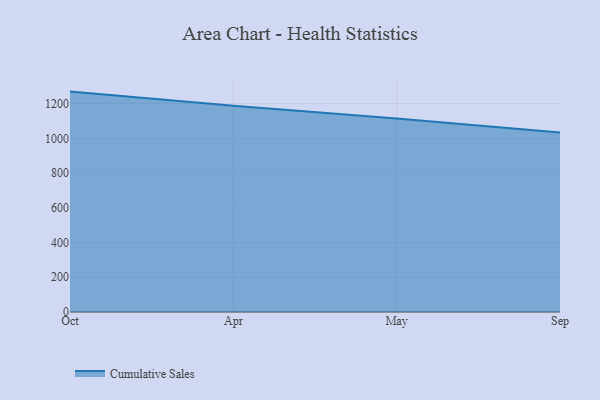
{"axis": {"x": "Month", "y": "Latency (ms)"}, "legend": ["Cumulative Sales"], "data": [{"x": "Oct", "y": 1269.3, "type": "Cumulative Sales"}, {"x": "Apr", "y": 1187.5, "type": "Cumulative Sales"}, {"x": "May", "y": 1113.9, "type": "Cumulative Sales"}, {"x": "Sep", "y": 1033.3, "type": "Cumulative Sales"}]}